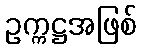
ဥက္ကဋ္ဌအဖြစ်